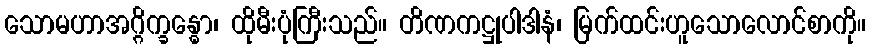
သောမဟာအဂ္ဂိက္ခန္ဓော၊ ထိုမီးပုံကြီးသည်။ တိဏကဋ္ဌုပါဒါနံ၊ မြက်ထင်းဟူသောလောင်စာကို။